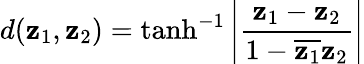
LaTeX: d(\mathbf{z}_{1},\mathbf{z}_{2})=\operatorname{tanh}^{-1}\left|{\frac{{\mathbf{z}_{1}-\mathbf{z}_{2}}}{{1-{\overline{{{\mathbf{z}_{1}}}}}\mathbf{z}_{2}}}}\right|